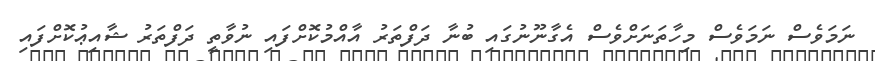
ނަމަވެސް ނަމަވެސް މިހާތަނަށްވެސް އެގާނޫނުގައި ބުނާ ދަފްތަރު އާއްމުކޮށްފައި ނުވާތީ ދަފްތަރު ޝާއިޢުކޮށްފައި